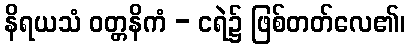
နိရယသံ ဝတ္တနိကံ - ငရဲ၌ ဖြစ်တတ်လေ၏၊